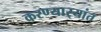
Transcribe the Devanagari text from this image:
करण्यार्‍यांत